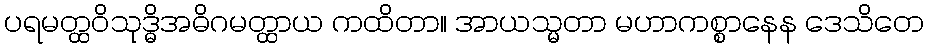
ပရမတ္ထဝိသုဒ္ဓိအဓိဂမတ္ထာယ ကထိတာ။ အာယသ္မတာ မဟာကစ္စာနေန ဒေသိတေ